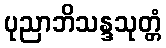
ပုညာဘိသန္ဒသုတ္တံ